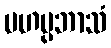
မဟပ္ပဘာသံ